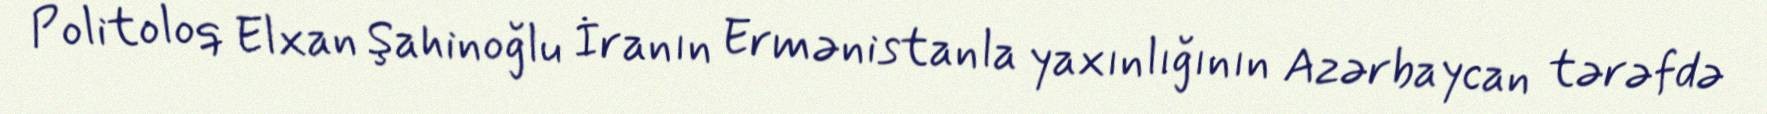
Politoloq Elxan Şahinoğlu İranın Ermənistanla yaxınlığının Azərbaycan tərəfdə